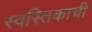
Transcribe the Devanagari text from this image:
स्वस्तिकाची